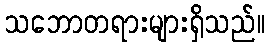
သဘောတရားများရှိသည်။